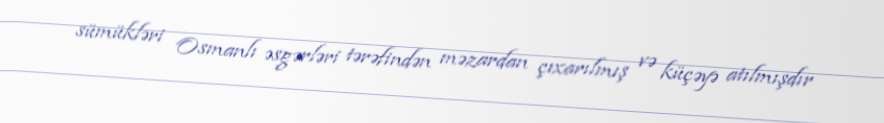
sümükləri Osmanlı əsgərləri tərəfindən məzardan çıxarılmış və küçəyə atılmışdır